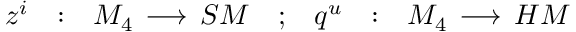
\begin{array} { c c c c c c c } { { z ^ { i } } } & { { : } } & { { M _ { 4 } \, \longrightarrow \, { \cal S M } } } & { { ; } } & { { q ^ { u } } } & { { : } } & { { M _ { 4 } \, \longrightarrow \, { \cal H M } } } \end{array}